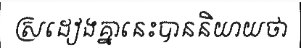
ស្រដៀងគ្នានេះបាននិយាយថា